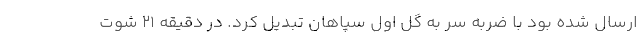
ارسال شده بود با ضربه سر به گل اول سپاهان تبدیل کرد. در دقیقه ۲۱ شوت